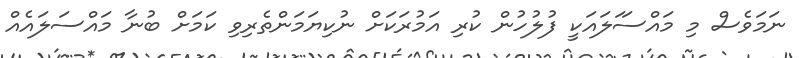
ނަމަވެސް މި މައްސަަލައަކީ ފުލުހުން ކުރި އަމުރަކަށް ނުކިޔަމަންތެރިވި ކަމަށް ބުނާ މައްސަލައެއް